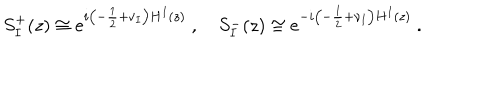
LaTeX: S _ { I } ^ { + } ( z ) \cong e ^ { i \left( - \frac { 1 } { 2 } + \nu _ { I } \right) H ^ { I } ( z ) } ~ , \quad S _ { I } ^ { - } ( z ) \cong e ^ { - i \left( - \frac { 1 } { 2 } + \nu _ { I } \right) H ^ { I } ( z ) } ~ .